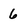
Character: 6